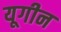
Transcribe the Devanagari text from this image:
यूगीन